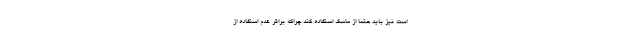
است نیز باید حتماً از ماسک استفاده کند چراکه براثر عدم استفاده از